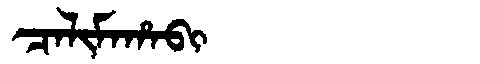
Manchu: ᠴᠠᠯᡳᠮᠠᡥᠠᠪᡳ
Romanization: CALIMAHABI